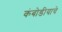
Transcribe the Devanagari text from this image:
कंबोडीयाचे